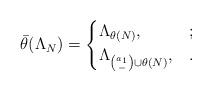
LaTeX: \begin{align*}\bar\theta(\Lambda_{N})=\begin{cases}\Lambda_{\theta(N)}, & ;\\\Lambda_{\binom{a_1}{-}\cup\theta(N)}, & .\end{cases}\end{align*}